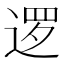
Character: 逻